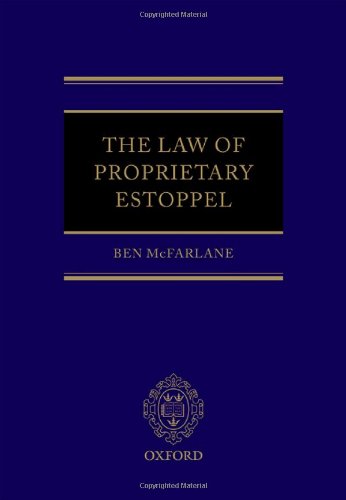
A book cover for The Law of Proprietary Estoppel; Ben McFarlane; Law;